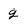
Character: g